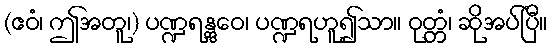
(ဧဝံ၊ ဤအတူ၊) ပဏ္ဍရန္တွေဝ၊ ပဏ္ဍရဟူ၍သာ။ ဝုတ္တံ၊ ဆိုအပ်ပြီ။